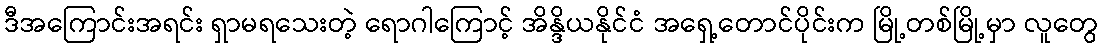
ဒီအကြောင်းအရင်း ရှာမရသေးတဲ့ ရောဂါကြောင့် အိန္ဒိယနိုင်ငံ အရှေ့တောင်ပိုင်းက မြို့တစ်မြို့မှာ လူတွေ